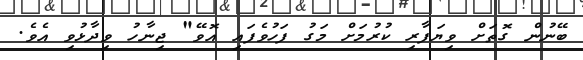
ބޭނުން ގޮތަށް ވިޔަފާރި ކުރުމަށް މަގު ފަހުވެފައި އޮވޭ" ޖިނާހު ވިދާޅުވި އެވެ.